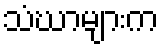
သံဃာများက